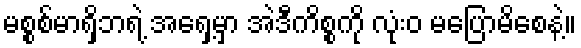
မစ္စစ်မာရှိဘရဲ့ အရှေ့မှာ အဲဒီကိစ္စကို လုံးဝ မပြောမိစေနဲ့။